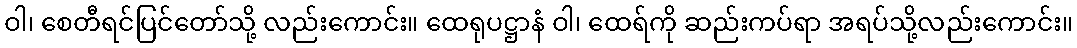
ဝါ၊ စေတီရင်ပြင်တော်သို့ လည်းကောင်း။ ထေရုပဋ္ဌာနံ ဝါ၊ ထေရ်ကို ဆည်းကပ်ရာ အရပ်သို့လည်းကောင်း။